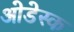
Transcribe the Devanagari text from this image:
ओडेस्क